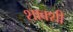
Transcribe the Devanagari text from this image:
शाक्शी